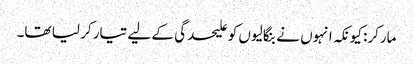
مارکر: کیونکہ انہوں نے بنگالیوں کو علیحدگی کے لیے تیار کر لیا تھا۔